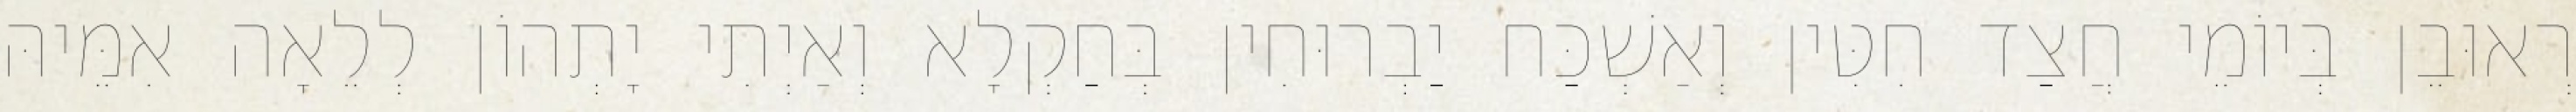
רְאוּבֵן בְּיוֹמֵי חֲצַד חִטִּין וְאַשְׁכַּח יַבְרוּחִין בְּחַקְלָא וְאַיְתִי יָתְהוֹן לְלֵאָה אִמֵּיהּ